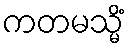
ကတမသ္မိံ